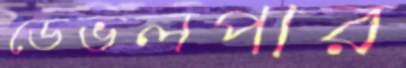
ডেভলপার